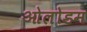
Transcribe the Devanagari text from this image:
ओलोडम